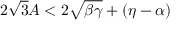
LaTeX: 2 \sqrt { 3 } A < 2 \sqrt { \beta \gamma } + ( \eta - \alpha )